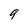
Character: 9